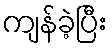
ကျန်ခဲ့ပြီး